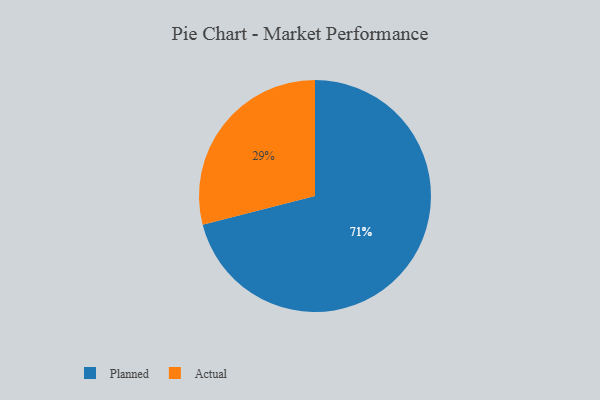
{"axis": {"x": "Category", "y": "Percentage"}, "legend": ["Actual", "Planned"], "data": [{"x": "Actual", "y": 29, "type": "Actual"}, {"x": "Planned", "y": 71, "type": "Planned"}]}